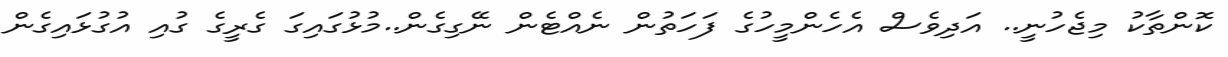
ކޮންތާކު މިޖެހުނީ.. އަދިވެސް އެހެންމީހުގެ ފަހަތުން ނެއްޓެން ނޭގިގެން..މުޅުގައިގަ ގެރީގެ ގުއި އުގުޅައިގެން